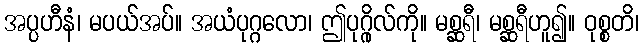
အပ္ပဟီနံ၊ မပယ်အပ်။ အယံပုဂ္ဂလော၊ ဤပုဂ္ဂိုလ်ကို။ မစ္ဆရီ၊ မစ္ဆရီဟူ၍။ ဝုစ္စတိ၊